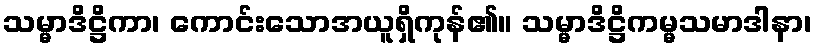
သမ္မာဒိဋ္ဌိကာ၊ ကောင်းသောအယူရှိကုန်၏။ သမ္မာဒိဋ္ဌိကမ္မသမာဒါနာ၊